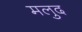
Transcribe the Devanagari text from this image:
मलुद